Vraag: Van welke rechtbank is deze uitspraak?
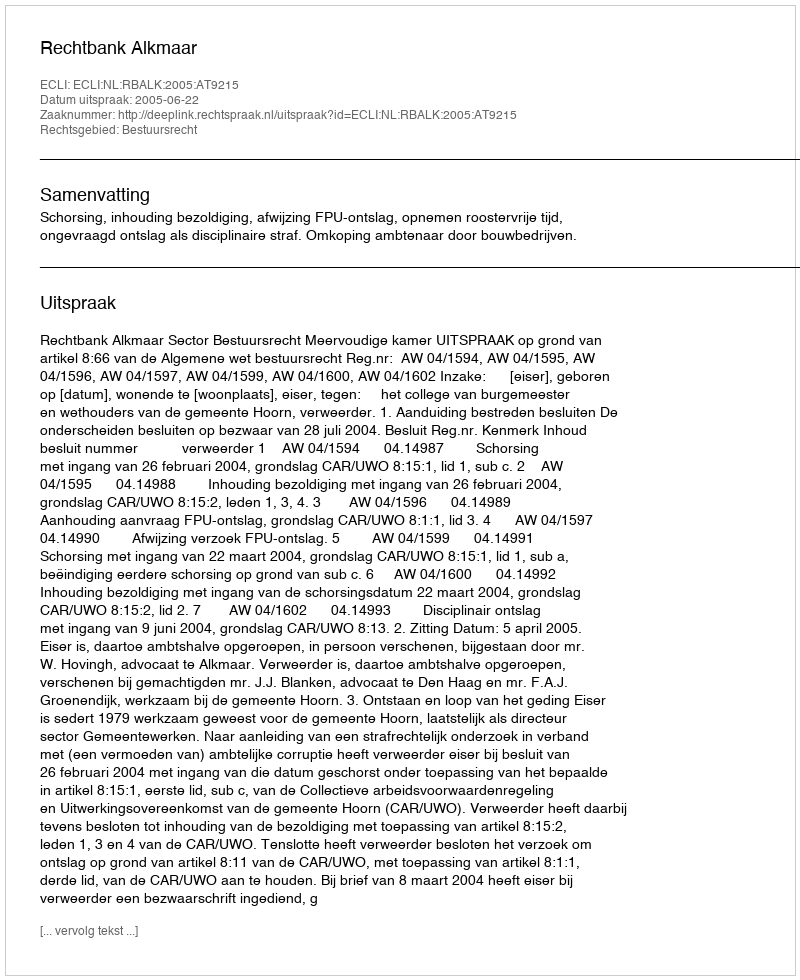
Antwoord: Rechtbank Alkmaar